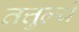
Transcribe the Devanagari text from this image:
तत्तुल्यं